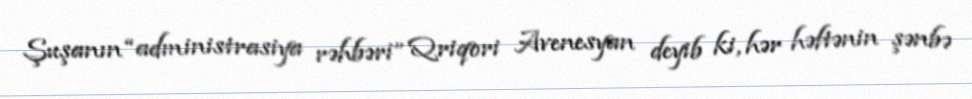
Şuşanın “administrasiya rəhbəri” Qriqori Avenesyan deyib ki, hər həftənin şənbə